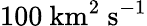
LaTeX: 100\ \mathrm{km^{2}\ s^{-1}}